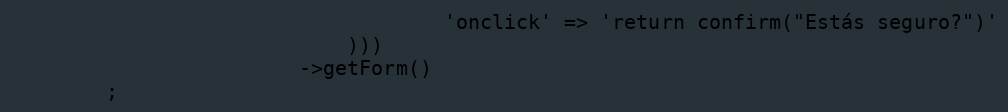
Language: PHP
                                    'onclick' => 'return confirm("Estás seguro?")'
                            )))
                        ->getForm()
        ;